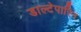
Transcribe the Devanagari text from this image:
डाल्टेपारिन